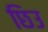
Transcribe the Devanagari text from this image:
छिउ